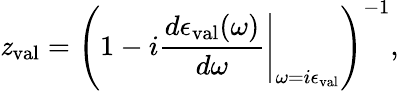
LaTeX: \mathit{z}_{\mathrm{{val}}}=\left(1-i\left.\frac{{d\epsilon_{\mathrm{{val}}}(\omega)}}{{d\omega}}\right|_{\omega=i\epsilon_{\mathrm{{val}}}}\right)^{-1},